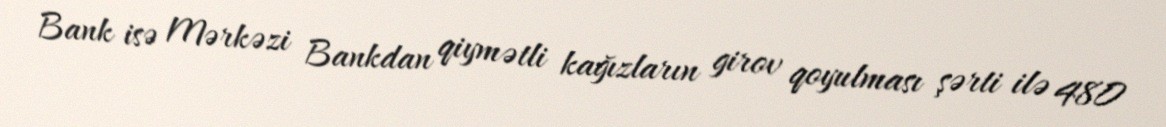
Bank isə Mərkəzi Bankdan qiymətli kağızların girov qoyulması şərti ilə 480